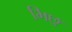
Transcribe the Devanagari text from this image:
भिछु